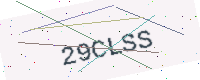
Text: 29CLSS